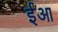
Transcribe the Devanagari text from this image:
ईआ